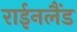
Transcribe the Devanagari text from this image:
राईनलैंड